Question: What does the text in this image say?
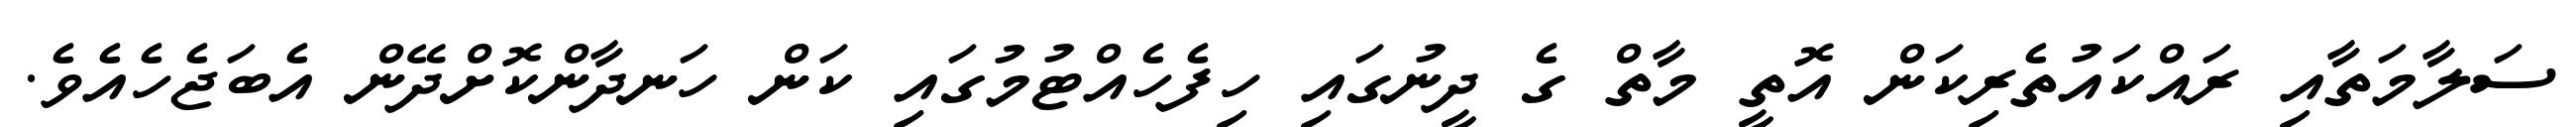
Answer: ސަލާމަތާއި ރައްކައުތެރިކަން އޮތީ މާތް ގެ ދީނުގައި ހިފެހެއްޓުމުގައި ކަން ހަނދާންކޮށްދޭން އެބަޖެހެއެވެ.